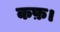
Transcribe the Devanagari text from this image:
कफ़।